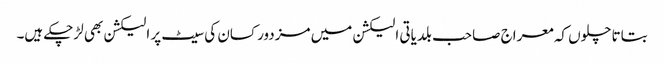
بتاتا چلوں کہ معراج صاحب بلدیاتی الیکشن میں مزدور کسان کی سیٹ پر الیکشن بھی لڑچکے ہیں۔